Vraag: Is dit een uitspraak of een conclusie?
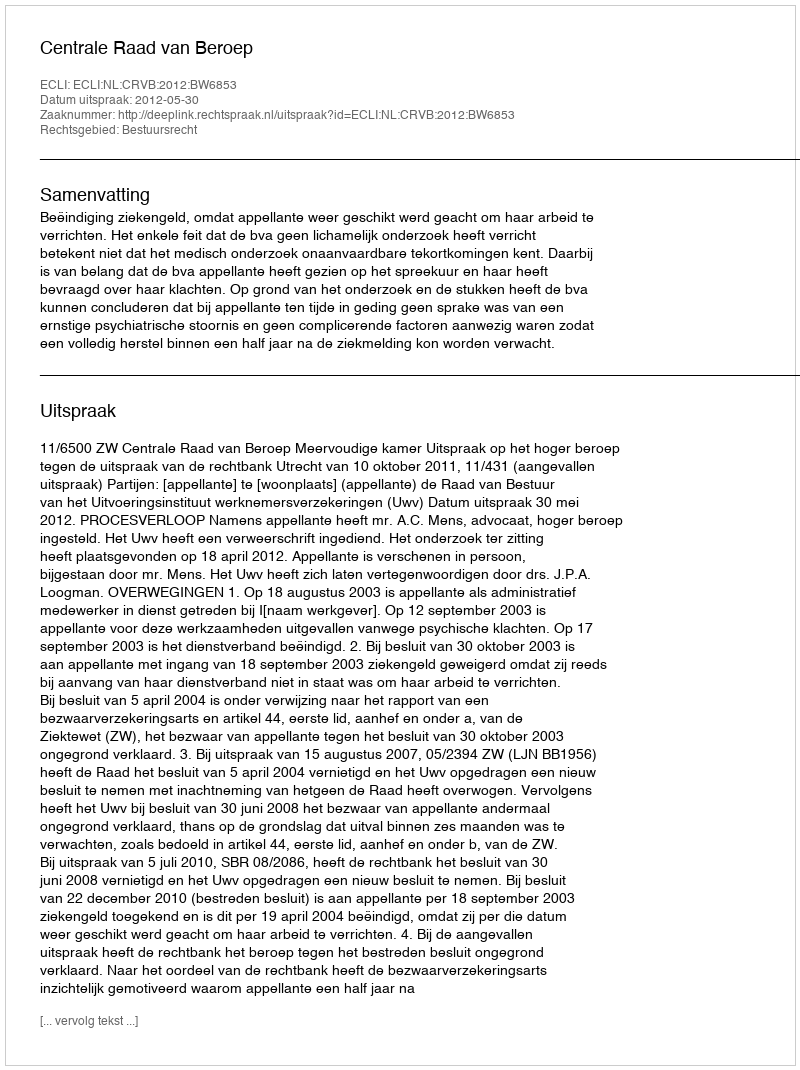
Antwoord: Uitspraak